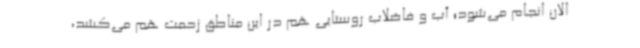
الان انجام می‌شود؛ آب و فاضلاب روستایی هم در این مناطق زحمت هم می‌کشد،